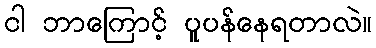
ငါ ဘာကြောင့် ပူပန်နေရတာလဲ။